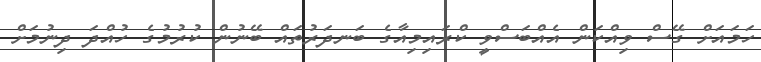
ހަމައަށް ގޭސް ވިއްކަން އެއްބަސްވީ ކްރައިމިއާގެ ބަނދަރުތައް ބޭނުން ކުރުމުގެ ހުއްދަ ދިނުމަށް